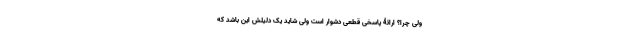
ولی چرا؟ ارائۀ پاسخی قطعی دشوار است ولی شاید یک دلیلش این باشد که